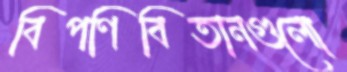
বিপণিবিতানগুলো